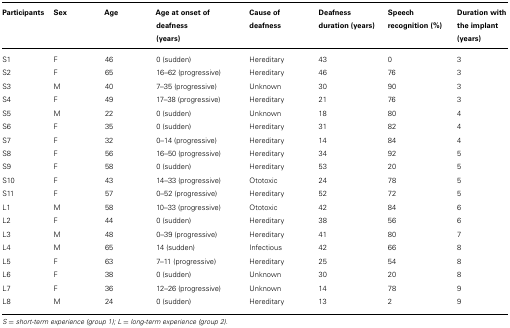
<table><thead><tr><td><b>Participants</b></td><td><b>Sex</b></td><td><b>Age</b></td><td><b>Age at onset of deafness (years)</b></td><td><b>Cause of deafness</b></td><td><b>Deafness duration (years)</b></td><td><b>Speech recognition (%)</b></td><td><b>Duration with the implant (years)</b></td></tr></thead><tbody><tr><td>S1</td><td>F</td><td>46</td><td>0 (sudden)</td><td>Hereditary</td><td>43</td><td>0</td><td>3</td></tr><tr><td>S2</td><td>F</td><td>65</td><td>16–62 (progressive)</td><td>Hereditary</td><td>46</td><td>76</td><td>3</td></tr><tr><td>S3</td><td>M</td><td>40</td><td>7–35 (progressive)</td><td>Unknown</td><td>30</td><td>90</td><td>3</td></tr><tr><td>S4</td><td>F</td><td>49</td><td>17–38 (progressive)</td><td>Hereditary</td><td>21</td><td>76</td><td>3</td></tr><tr><td>S5</td><td>M</td><td>22</td><td>0 (sudden)</td><td>Unknown</td><td>18</td><td>80</td><td>4</td></tr><tr><td>S6</td><td>F</td><td>35</td><td>0 (sudden)</td><td>Hereditary</td><td>31</td><td>82</td><td>4</td></tr><tr><td>S7</td><td>F</td><td>32</td><td>0–14 (progressive)</td><td>Hereditary</td><td>14</td><td>84</td><td>4</td></tr><tr><td>S8</td><td>F</td><td>56</td><td>16–50 (progressive)</td><td>Hereditary</td><td>34</td><td>92</td><td>5</td></tr><tr><td>S9</td><td>F</td><td>58</td><td>0 (sudden)</td><td>Hereditary</td><td>53</td><td>20</td><td>5</td></tr><tr><td>S10</td><td>F</td><td>43</td><td>14–33 (progressive)</td><td>Ototoxic</td><td>24</td><td>78</td><td>5</td></tr><tr><td>S11</td><td>F</td><td>57</td><td>0–52 (progressive)</td><td>Hereditary</td><td>52</td><td>72</td><td>5</td></tr><tr><td>L1</td><td>M</td><td>58</td><td>10–33 (progressive)</td><td>Ototoxic</td><td>42</td><td>84</td><td>6</td></tr><tr><td>L2</td><td>F</td><td>44</td><td>0 (sudden)</td><td>Hereditary</td><td>38</td><td>56</td><td>6</td></tr><tr><td>L3</td><td>M</td><td>48</td><td>0–39 (progressive)</td><td>Hereditary</td><td>41</td><td>80</td><td>7</td></tr><tr><td>L4</td><td>M</td><td>65</td><td>14 (sudden)</td><td>Infectious</td><td>42</td><td>66</td><td>8</td></tr><tr><td>L5</td><td>F</td><td>63</td><td>7–11 (progressive)</td><td>Hereditary</td><td>25</td><td>54</td><td>8</td></tr><tr><td>L6</td><td>F</td><td>38</td><td>0 (sudden)</td><td>Unknown</td><td>30</td><td>20</td><td>8</td></tr><tr><td>L7</td><td>F</td><td>36</td><td>12–26 (progressive)</td><td>Unknown</td><td>14</td><td>78</td><td>9</td></tr><tr><td>L8</td><td>M</td><td>24</td><td>0 (sudden)</td><td>Hereditary</td><td>13</td><td>2</td><td>9</td></tr></tbody></table>